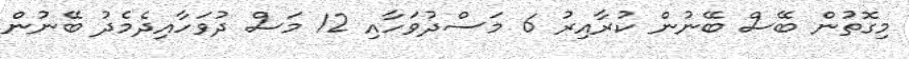
މިގޮތުން ބޭސް ބޭނުން ކުރާއިރު 6 މަސްދުވަހާއި 12 މަސް ދުވަހާއިދެމެދު ބޭނުން